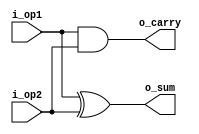
`timescale 1 ns / 1 ps
///////////////////////////////////////////////////////////////
///////////////////////// HALF_ADDDER /////////////////////////
///////////////////////////////////////////////////////////////
module half_add (i_op1, i_op2, o_sum, o_carry);

input i_op1, i_op2;
output o_sum;
output o_carry;

xor (o_sum, i_op1, i_op2);
and (o_carry, i_op1, i_op2);

endmodule
///////////////////////////////////////////////////////////////
///////////////////////// FULL_ADDER //////////////////////////
///////////////////////////////////////////////////////////////
module full_add (i_op1, i_op2, i_carry, o_sum, o_carry);

input i_op1, i_op2, i_carry;
output o_sum, o_carry;

wire carry1, carry2, sum_op1;

half_add half_add_1    (.i_op1 (i_op1),
			.i_op2 (i_op2),
			.o_sum (sum_op1),
			.o_carry (carry1)
			);

half_add half_add_2    (.i_op1 (sum_op1),
			.i_op2 (i_carry),
			.o_sum (o_sum),
			.o_carry (carry2)
			);

or (o_carry, carry1, carry2);

endmodule
////////////////////////////////////////////////////////////////
//////////////////////////// ADDER_4BIT ////////////////////////
////////////////////////////////////////////////////////////////
module adder_4bit (i_op1, i_op2, i_carry, o_carry, o_sum);

input [3 : 0] i_op1, i_op2; 
input i_carry;
output o_carry;
output [3 : 0] o_sum;

wire [2 : 0] carry;

full_add full_add_1    (.i_op1 (i_op1[0]),
			.i_op2 (i_op2[0]),
			.i_carry (i_carry),
			.o_sum (o_sum[0]),
			.o_carry (carry[0])
			);

full_add full_add_2    (.i_op1 (i_op1[1]),
			.i_op2 (i_op2[1]),
			.i_carry (carry [0]),
			.o_sum (o_sum[1]),
			.o_carry (carry[1])
			);

full_add full_add_3    (.i_op1 (i_op1[2]),
			.i_op2 (i_op2[2]),
			.i_carry (carry[1]),
			.o_sum (o_sum[2]),
			.o_carry (carry[2])
			);

full_add full_add_4    (.i_op1 (i_op1[3]),
			.i_op2 (i_op2[3]),
			.i_carry (carry[2]),
			.o_sum (o_sum[3]),
			.o_carry (o_carry)
			);

endmodule
///////////////////////////////////////////////////////////////
///////////////////////// HALF_SUBSTRACTOR ////////////////////
///////////////////////////////////////////////////////////////
module half_sub (i_op1, i_op2, o_sub, o_borrow);

input i_op1, i_op2;
output o_sub;
output o_borrow;

wire i_op1_n;

xor (o_sub, i_op1, i_op2);
not (i_op1_n, i_op1);
and (o_borrow, i_op1_n, i_op2);

endmodule
///////////////////////////////////////////////////////////////
///////////////////// FULL_SUBSTRACTOR ////////////////////////
///////////////////////////////////////////////////////////////
module full_sub (i_op1, i_op2, i_borrow, o_sub, o_borrow);

input i_op1, i_op2, i_borrow;
output o_sub, o_borrow;

wire borrow1, borrow2, sub_op1;

half_sub half_sub_1    (.i_op1 (i_op1),
			.i_op2 (i_op2),
			.o_sub (sub_op1),
			.o_borrow (borrow1)
			);

half_sub half_sub_2    (.i_op1 (sub_op1),
			.i_op2 (i_borrow),
			.o_sub (o_sub),
			.o_borrow (borrow2)
			);

or (o_borrow, borrow1, borrow2);

endmodule
////////////////////////////////////////////////////////////////
////////////////////// SUBSTRACTOR_4BIT ////////////////////////
////////////////////////////////////////////////////////////////
module substractor_4bit (i_op1, i_op2, i_borrow, o_borrow, o_sub);

input [3 : 0] i_op1, i_op2; 
input i_borrow;
output o_borrow;
output [3 : 0] o_sub;

wire [2 : 0] borrow;

full_sub full_sub_1    (.i_op1 (i_op1[0]),
			.i_op2 (i_op2[0]),
			.i_borrow (i_borrow),
			.o_sub (o_sub[0]),
			.o_borrow (borrow[0])
			);

full_sub full_sub_2    (.i_op1 (i_op1[1]),
			.i_op2 (i_op2[1]),
			.i_borrow (borrow[0]),
			.o_sub (o_sub[1]),
			.o_borrow (borrow[1])
			);

full_sub full_sub_3    (.i_op1 (i_op1[2]),
			.i_op2 (i_op2[2]),
			.i_borrow (borrow[1]),
			.o_sub (o_sub[2]),
			.o_borrow (borrow[2])
			);

full_sub full_sub_4    (.i_op1 (i_op1[3]),
			.i_op2 (i_op2[3]),
			.i_borrow (borrow[2]),
			.o_sub (o_sub[3]),
			.o_borrow (o_borrow)
			);

endmodule
////////////////////////////////////////////////////////////////
/////////////////////// MULTIPLIER_4BIT ////////////////////////
////////////////////////////////////////////////////////////////
module multiplier_4bit ( i_op1, i_op2, o_mult );

input  [3 : 0] i_op1, i_op2;
output [7 : 0] o_mult;

wire [15 : 0] and_w;   // wires for and array
wire [11 : 0] carry_w; // wires for carry array
wire [5 : 0] sum_w;	   // wires for sum array
	
and AND1  (and_w[0],  i_op1[0], i_op2[0]); // and array
and AND2  (and_w[1],  i_op1[1], i_op2[0]);
and AND3  (and_w[2],  i_op1[2], i_op2[0]);
and AND4  (and_w[3],  i_op1[3], i_op2[0]);

and AND5  (and_w[4],  i_op1[0], i_op2[1]);
and AND6  (and_w[5],  i_op1[1], i_op2[1]);
and AND7  (and_w[6],  i_op1[2], i_op2[1]);
and AND8  (and_w[7],  i_op1[3], i_op2[1]);

and AND9  (and_w[8],  i_op1[0], i_op2[2]);
and AND10 (and_w[9],  i_op1[1], i_op2[2]);
and AND11 (and_w[10], i_op1[2], i_op2[2]);
and AND12 (and_w[11], i_op1[3], i_op2[2]);

and AND13 (and_w[12], i_op1[0], i_op2[3]);
and AND14 (and_w[13], i_op1[1], i_op2[3]);
and AND15 (and_w[14], i_op1[2], i_op2[3]);
and AND16 (and_w[15], i_op1[3], i_op2[3]);

assign o_mult[0] = and_w[0]; // LSB

//	             (     i_op1,     i_op2,      i_carry,     o_sum,     o_carry  );
full_add full_add_1  (  and_w[1],  and_w[4],         1'b0, o_mult[1],  carry_w[0]  ); // 1 row adders;
full_add full_add_2  (  and_w[2],  and_w[5],   carry_w[0],  sum_w[0],  carry_w[1]  );
full_add full_add_3  (  and_w[3],  and_w[6],   carry_w[1],  sum_w[1],  carry_w[2]  );
full_add full_add_4  (      1'b0,  and_w[7],   carry_w[2],  sum_w[2],  carry_w[3]  );

full_add full_add_5  (  and_w[8],   sum_w[0],        1'b0, o_mult[2],  carry_w[4]  ); // 2 row adders;
full_add full_add_6  (  and_w[9],   sum_w[1],  carry_w[4],  sum_w[3],  carry_w[5]  );
full_add full_add_7  ( and_w[10],   sum_w[2],  carry_w[5],  sum_w[4],  carry_w[6]  );
full_add full_add_8  ( and_w[11], carry_w[3],  carry_w[6],  sum_w[5],  carry_w[7]  );

full_add full_add_9  ( and_w[12],   sum_w[3],        1'b0, o_mult[3],  carry_w[8]  ); // 3 row adders;
full_add full_add_10 ( and_w[13],   sum_w[4],  carry_w[8], o_mult[4],  carry_w[9]  );
full_add full_add_11 ( and_w[14],   sum_w[5],  carry_w[9], o_mult[5], carry_w[10] );
full_add full_add_12 ( and_w[15], carry_w[7], carry_w[10], o_mult[6], carry_w[11] );

assign o_mult[7] = carry_w[11]; // MSB

endmodule
//////////////////////////////////////////////////////////////
////////////////// MUX_5TO1 //////////////////////////////////
//////////////////////////////////////////////////////////////
module mux_5to1 (i_ctrl, i_dat, o_dat);

input [2 : 0] i_ctrl;
input [4 : 0] i_dat;
output o_dat;

wire [4 : 0] dat;
wire [2 : 0] nctrl;

not NOT [2 : 0] (nctrl, i_ctrl);

and AND1 (dat[0], i_dat[0],  nctrl[2],   nctrl[1],    nctrl[0]);
and AND2 (dat[1], i_dat[1],  nctrl[2],   nctrl[1],   i_ctrl[0]);
and AND3 (dat[2], i_dat[2],  nctrl[2],  i_ctrl[1],    nctrl[0]);
and AND4 (dat[3], i_dat[3],  nctrl[2],  i_ctrl[1],   i_ctrl[0]);
and AND5 (dat[4], i_dat[4], i_ctrl[2],   nctrl[1],    nctrl[0]);

or OR (o_dat, dat);

endmodule
//////////////////////////////////////////////////////////////
////////////////// MUX_4BIT_5TO1 /////////////////////////////
//////////////////////////////////////////////////////////////
module mux_4bit_5to1 (i_dat0, i_dat1, i_dat2, i_dat3, i_dat4, i_ctrl, o_dat);

input [2 : 0] i_ctrl;
input [3 : 0] i_dat0, i_dat1, i_dat2, i_dat3, i_dat4;

output [3 : 0] o_dat;

mux_5to1 mux1  (.i_ctrl (i_ctrl),
		.i_dat ({i_dat4[0],i_dat3[0],i_dat2[0],i_dat1[0],i_dat0[0]}),
		.o_dat (o_dat[0])
		);

mux_5to1 mux2  (.i_ctrl (i_ctrl),
		.i_dat ({i_dat4[1],i_dat3[1],i_dat2[1],i_dat1[1],i_dat0[1]}),
		.o_dat (o_dat[1])
		);

mux_5to1 mux3  (.i_ctrl (i_ctrl),
		.i_dat ({i_dat4[2],i_dat3[2],i_dat2[2],i_dat1[2],i_dat0[2]}),
		.o_dat (o_dat[2])
		);

mux_5to1 mux4  (.i_ctrl (i_ctrl),
		.i_dat ({i_dat4[3],i_dat3[3],i_dat2[3],i_dat1[3],i_dat0[3]}),
		.o_dat (o_dat[3])
		);

endmodule
//////////////////////////////////////////////////////////////
/////////////////// BITWISE_NAND_4BIT ////////////////////////
//////////////////////////////////////////////////////////////
module bitwise_nand_4bit (i_op1, i_op2, o_dat);

input [3 : 0] i_op1, i_op2;

output [3 : 0] o_dat;

nand NAND [3 : 0] (o_dat, i_op1, i_op2);

endmodule
//////////////////////////////////////////////////////////////
/////////////////// BITWISE_NOR_4BIT /////////////////////////
//////////////////////////////////////////////////////////////
module bitwise_nor_4bit (i_op1, i_op2, o_dat);

input [3 : 0] i_op1, i_op2;

output [3 : 0] o_dat;

genvar i;

nor NOR [3 : 0] (o_dat, i_op1, i_op2);

endmodule
//////////////////////////////////////////////////////////////
////////////////// ALU_GATELEVEL /////////////////////////////
//////////////////////////////////////////////////////////////
module alu_gate (i_op1, i_op2, i_ctrl, o_dat);

input [3 : 0] i_op1, i_op2;
input [2 : 0] i_ctrl;

output  [7 : 0] o_dat;

wire [3 : 0] res_add, res_sub, res_nand, res_nor;
wire [7 : 0] res_mult;

adder_4bit adder       (.i_op1 (i_op1), 
			.i_op2 (i_op2), 
			.o_sum (res_add),
			.i_carry (1'b0),
			.o_carry ()
			);

substractor_4bit substractor   (.i_op1 (i_op1), 
				.i_op2 (i_op2), 
				.o_sub (res_sub),
				.i_borrow (1'b0), 
				.o_borrow ( )
				);

multiplier_4bit multiplier     (.i_op1 (i_op1),
				.i_op2 (i_op2), 
				.o_mult (res_mult)
				);

bitwise_nand_4bit bitwise_nand (.i_op1 (i_op1), 
				.i_op2 (i_op2), 
				.o_dat (res_nand)
				);

bitwise_nor_4bit bitwise_nor   (.i_op1 (i_op1), 
				.i_op2 (i_op2), 
				.o_dat (res_nor)
				);

mux_4bit_5to1 mux1     (.i_dat0 (res_add), 
			.i_dat1 (res_sub), 
			.i_dat2 (res_mult[3 : 0]), 
			.i_dat3 (res_nand), 
			.i_dat4 (res_nor),
			.i_ctrl (i_ctrl), 
			.o_dat (o_dat [3 :0])
			);

mux_4bit_5to1 mux2     (.i_dat0 (4'b0),   // mux for four MSB of multiplier out
			.i_dat1 (4'b0), 
			.i_dat2 (res_mult [7 : 4]), 
			.i_dat3 (4'b0), 
			.i_dat4 (4'b0),
			.i_ctrl (i_ctrl), 
			.o_dat (o_dat [7 : 4])
			);

endmodule